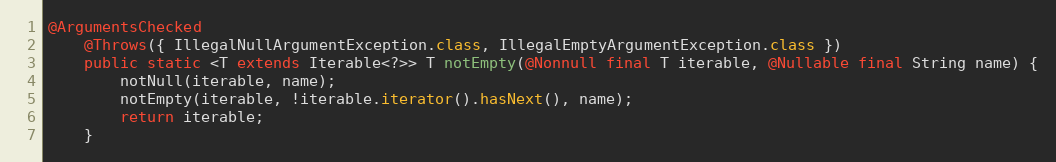
Language: Java
@ArgumentsChecked
	@Throws({ IllegalNullArgumentException.class, IllegalEmptyArgumentException.class })
	public static <T extends Iterable<?>> T notEmpty(@Nonnull final T iterable, @Nullable final String name) {
		notNull(iterable, name);
		notEmpty(iterable, !iterable.iterator().hasNext(), name);
		return iterable;
	}